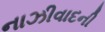
નાઝીવાદની